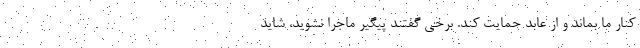
کنار ما بماند و از عابد حمایت کند. برخی گفتند پیگیر ماجرا نشوید، شاید